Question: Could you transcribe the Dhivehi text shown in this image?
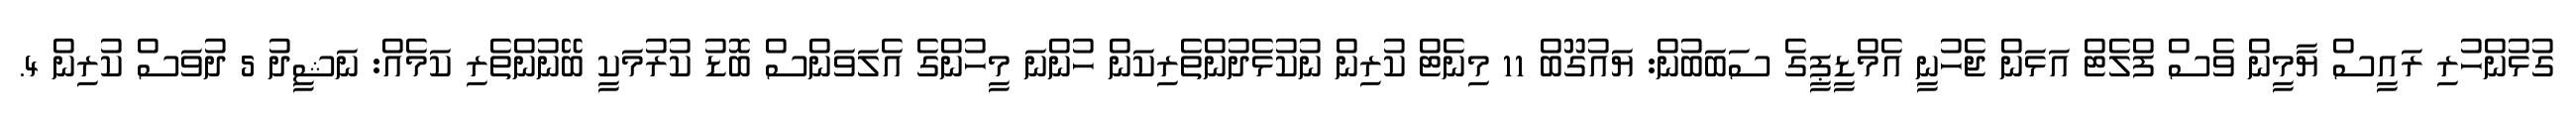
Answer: ގުޅުންހުރި ރައީސް ޔާމީން ވެސް ފްލެޓް އަޅަން ޖެހުނީ އެމްޑީޕީގެ ސަބަބުން: ޔައުގޫބް 11 މިނެޓް ކުރިން ނުކުޅެދުންތެރިކަން ހުންނަ މީހުންގެ އެލަވަންސް ބޮޑު ކުރުމަކީ ބޭނުންތެރި ކަމެއް: ނަޝީދު 5 ދުވަސް ކުރިން 4.